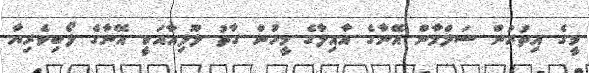
މީގެ އިތުރުން ސަލްމާން އޭނާގެ އާއިލާގެ މީހުން ގާތު ލޫލިއާއަކީ އޭނާގެ ލޯބިވެރިޔާ